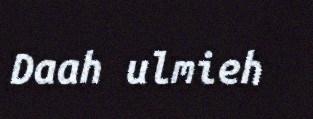
Daah ulmieh